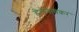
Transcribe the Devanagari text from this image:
हेलेगांवकर